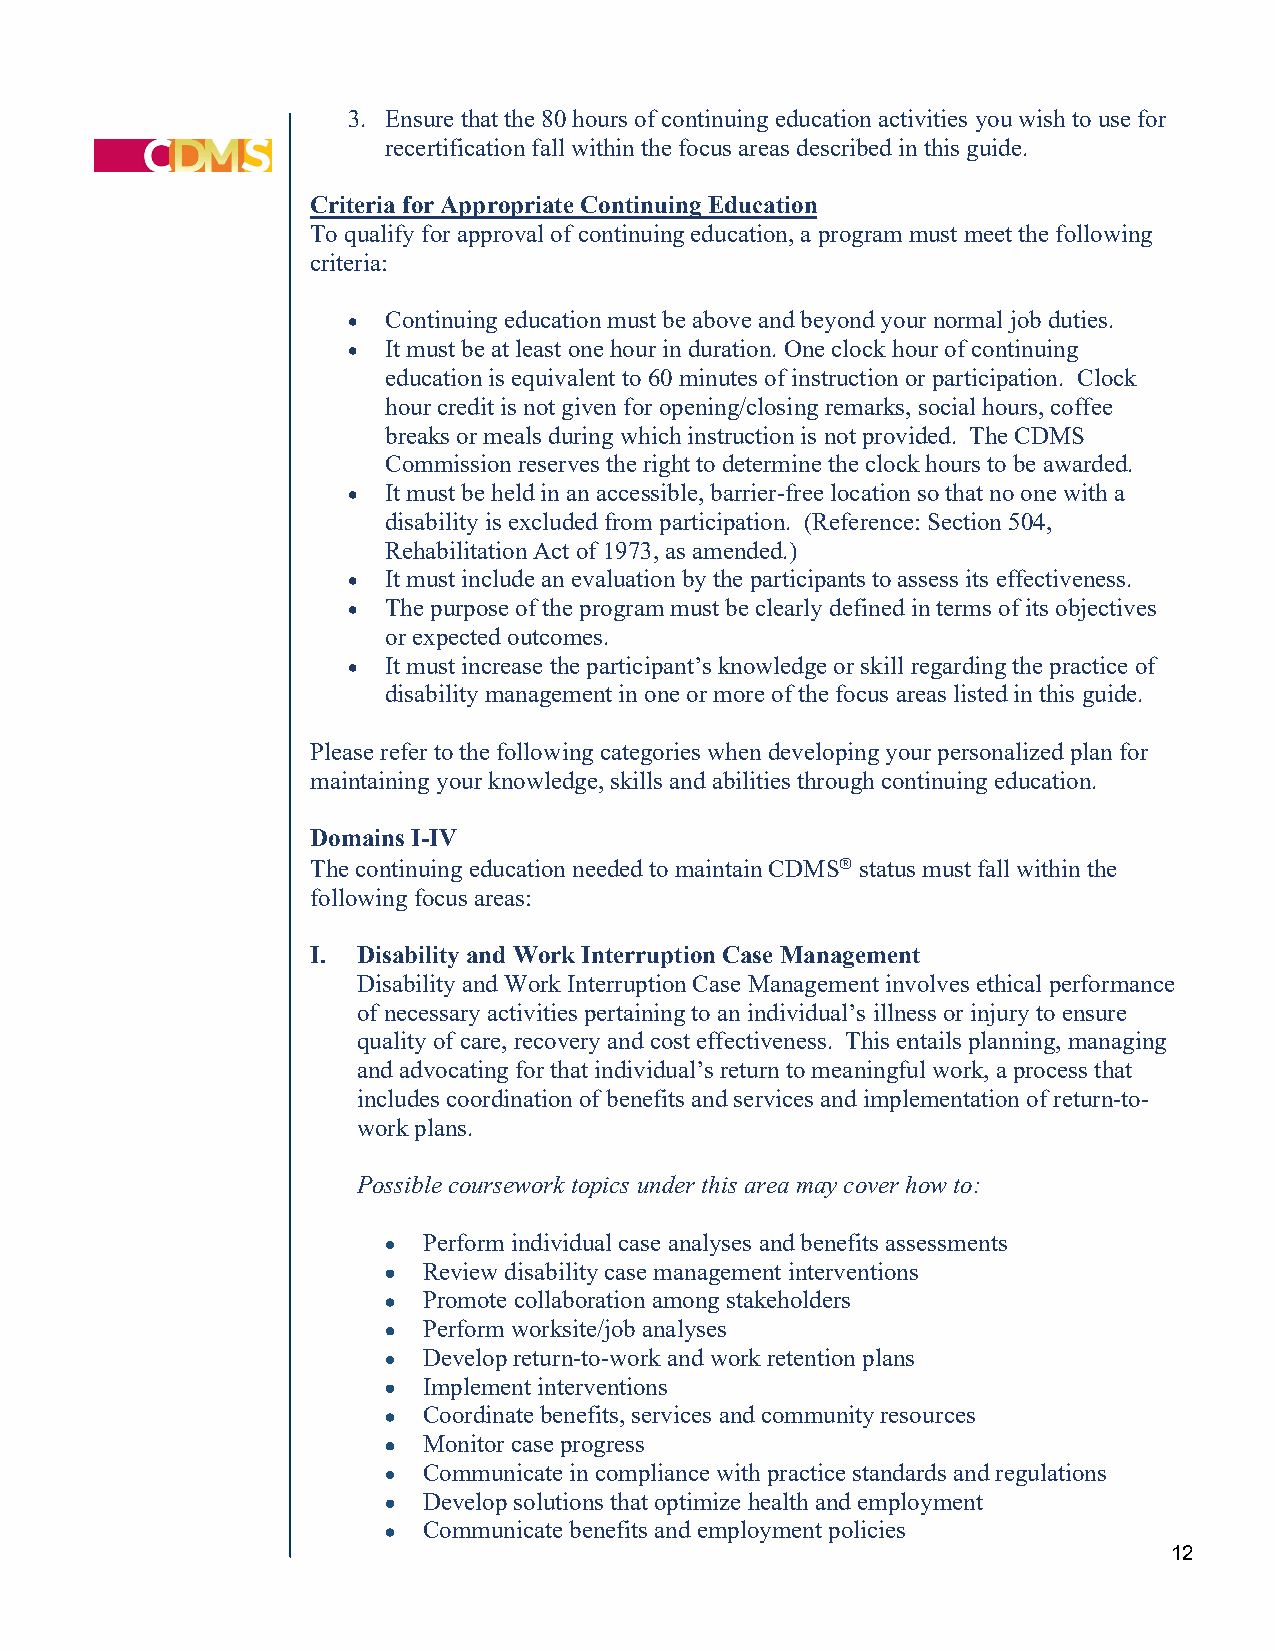
3. Ensure that the 80 hours of continuing education activities you wish to use for
 recertification fall within the focus areas described in this guide.
 Criteria for Appropriate Continuing Education
 To qualify for approval of continuing education, a program must meet the following
 criteria:
 •  Continuing education must be above and beyond your normal job duties.
 •  It must be at least one hour in duration. One clock hour of continuing
 education is equivalent to 60 minutes of instruction or participation. Clock
 hour credit is not given for opening/closing remarks, social hours, coffee
 breaks or meals during which instruction is not provided. The CDMS
 Commission reserves the right to determine the clock hours to be awarded.
 •  It must be held in an accessible, barrier-free location so that no one with a
 disability is excluded from participation. (Reference: Section 504,
 Rehabilitation Act of 1973, as amended.)
 •  It must include an evaluation by the participants to assess its effectiveness.
 •  The purpose of the program must be clearly defined in terms of its objectives
 or expected outcomes.
 •  It must increase the participant’s knowledge or skill regarding the practice of
 disability management in one or more of the focus areas listed in this guide.
 Please refer to the following categories when developing your personalized plan for
 maintaining your knowledge, skills and abilities through continuing education.
 Domains I-IV
 The continuing education needed to maintain CDMS status must fall within the
 following focus areas:
 I. Disability and Work Interruption Case Management
 Disability and Work Interruption Case Management involves ethical performance
 of necessary activities pertaining to an individual’s illness or injury to ensure
 quality of care, recovery and cost effectiveness. This entails planning, managing
 and advocating for that individual’s return to meaningful work, a process that
 includes coordination of benefits and services and implementation of return-to-
 work plans.
 Possible coursework topics under this area may cover how to:
 • Perform individual case analyses and benefits assessments
 • Review disability case management interventions
 • Promote collaboration among stakeholders
 • Perform worksite/job analyses
 • Develop return-to-work and work retention plans
 • Implement interventions
 • Coordinate benefits, services and community resources
 • Monitor case progress
 • Communicate in compliance with practice standards and regulations
 • Develop solutions that optimize health and employment
 • Communicate benefits and employment policies
 12